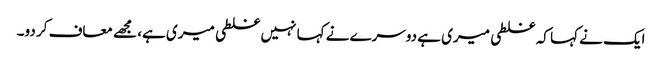
ایک نے کہا کہ غلطی میری ہے دوسرے نے کہا نہیں غلطی میری ہے، مجھے معاف کر دو۔